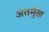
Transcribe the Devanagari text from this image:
अंतमुँख